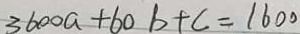
3 6 0 0 a + 6 0 b + c = 1 6 0 0